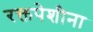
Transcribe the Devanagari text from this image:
रक्तपेशीना